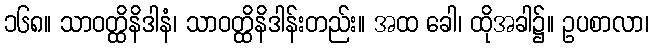
၁၆၈။ သာဝတ္ထိနိဒါနံ၊ သာဝတ္ထိနိဒါန်းတည်း။ အထ ခေါ၊ ထိုအခါ၌။ ဥပစာလာ၊